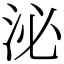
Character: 泌